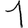
Digit: 1